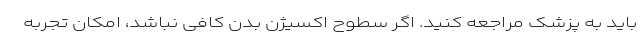
باید به پزشک مراجعه کنید. اگر سطوح اکسیژن بدن کافی نباشد، امکان تجربه